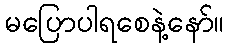
မပြောပါရစေနဲ့နော်။